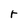
Character: r